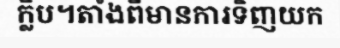
ក្លិប។តាំងពីមានការទិញយក